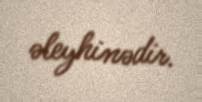
əleyhinədir.